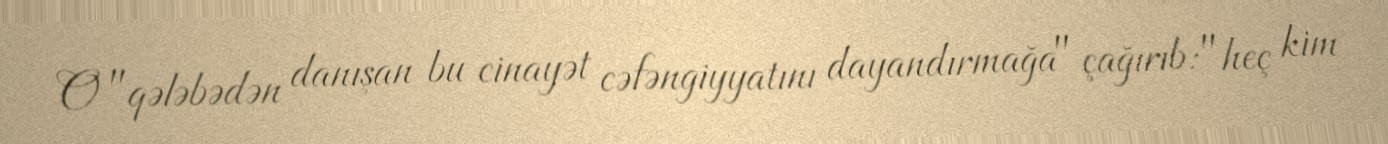
O "qələbədən danışan bu cinayət cəfəngiyyatını dayandırmağa" çağırıb: "heç kim